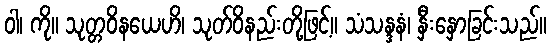
ဝါ၊ ကို။ သုတ္တဝိနယေဟိ၊ သုတ်ဝိနည်းတို့ဖြင့်။ သံသန္ဒနံ၊ နှီးနှောခြင်းသည်။